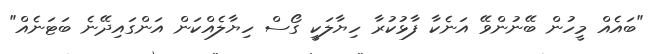
"ބައެއް މީހުން ބޭނުންވޭ އަނެކާ ފާޅުކުރާ ހިޔާލަކީ ގޯސް ހިޔާލެއްކަން އަންގައިދޭނެ ބަޓަނެއް"